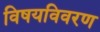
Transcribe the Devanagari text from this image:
विषयविवरण